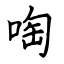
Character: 啕